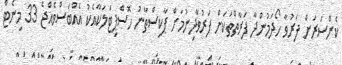
ކެންސަރަށް ފަރުވާ ހޯދަމުންދާ ފަރާތްތަކަށް ފަރުވާދިނުމަށް ޕާކިސްތާނު ހޮސްޕިޓަލަކާއެކު އެއްބަސްވެއްޖެ 33 މިނެޓް